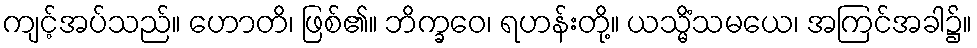
ကျင့်အပ်သည်။ ဟောတိ၊ ဖြစ်၏။ ဘိက္ခဝေ၊ ရဟန်းတို့။ ယသ္မိံသမယေ၊ အကြင်အခါ၌။